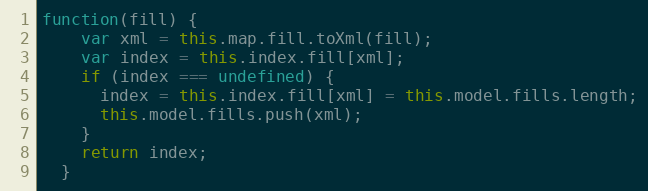
Language: JavaScript
function(fill) {
    var xml = this.map.fill.toXml(fill);
    var index = this.index.fill[xml];
    if (index === undefined) {
      index = this.index.fill[xml] = this.model.fills.length;
      this.model.fills.push(xml);
    }
    return index;
  }